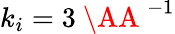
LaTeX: k_{i}=3\mathrm{~\AA~}^{-1}